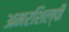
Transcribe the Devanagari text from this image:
अमरशिल्पी